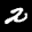
Label: 2